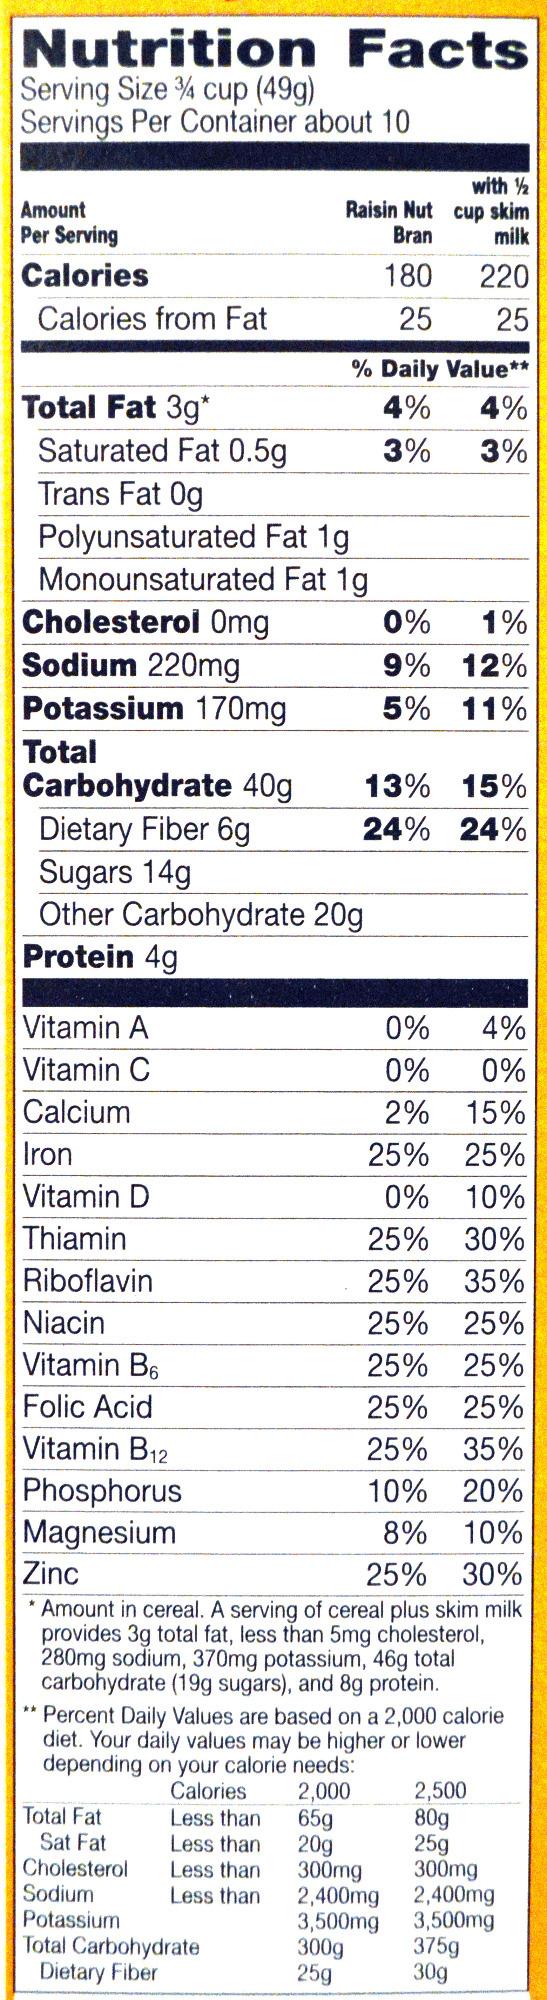
Nutrition Facts
Serving Size 3/4 cup (49g) Servings Per Container about 10
Amount Per Serving
Calories
Calories from Fat
Total Fat 3g*
Saturated Fat 0.5g
Trans Fat Og
Polyunsaturated
Monounsaturated
Cholesterol Omg
Sodium 220mg
Potassium 170mg
Total
Vitamin A
Vitamin C
Calcium
Iron
Vitamin D
Thiamin
Riboflavin
Carbohydrate 40g
Dietary Fiber 6g
Sugars 14g
Other Carbohydrate 20g
Protein 4g
Niacin
Vitamin B6
Folic Acid
Vitamin B12
Phosphorus
Magnesium
Fat 1g
Total Fat Sat Fat Cholesterol
Raisin Nut Bran
180
25
Sodium Potassium Total Carbohydrate Dietary Fiber
Fat 1g
0%
4%
0% 0%
2%
15%
25% 25%
0%
10%
25% 30%
25%
35%
25% 25%
25% 25%
25% 25%
25% 35%
10%
20%
8%
10%
Zinc
25% 30%
* Amount in cereal. A serving of cereal plus skim milk provides 3g total fat, less than 5mg cholesterol, 280mg sodium, 370mg potassium, 46g total carbohydrate (19g sugars), and 8g protein. Percent Daily Values are based on a 2,000 calorie diet. Your daily values may be higher or lower depending on your calorie needs: Calories Less than
2,000
Less than
Less than
Less than
% Daily Value**
4% 4%
3% 3%
65g
20g
with 12 cup skim
milk
220
25
0%
1%
9% 12%
5% 11%
13% 15%
24% 24%
2,500
80g
25g
300mg 300mg
2,400mg
2,400mg
3,500mg 3,500mg 300g 25g
375g 30g